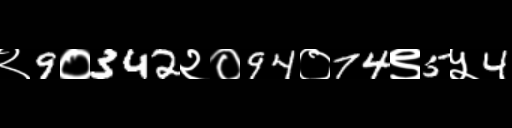
Text: २9०342२०94०74९5५4